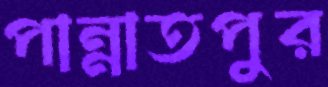
পান্নাতপুর